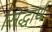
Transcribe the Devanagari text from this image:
सिद्धार्थ